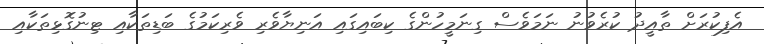
އެފިކުރަށް ތާއީދު ކުރެވުނު ނަމަވެސް ގިނަމީހުންގެ ކިބައިގައި އަނިޔާވެރި ވެރިކަމުގެ ބަޑިތަކާއި ޓިނުގޮޅިތަކާއި